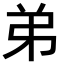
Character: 弟